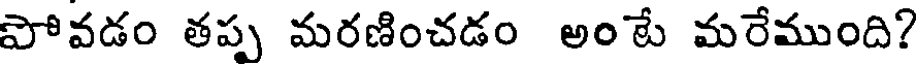
పోవడం తప్ప మరణించడం అంటే మరేముంది?